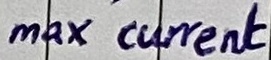
Text: max current